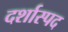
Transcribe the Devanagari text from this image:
दर्शास्पद